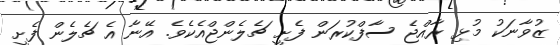
ޒުވާނަކު މުޅި ރާއްޖެ ސާފްކުރަން ފެށީ ޗެލެންޖްއެކެވެ. އޭނާ އެ ޗެލެން ފެށީ